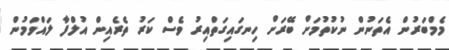
މެމްބަރުން އެތަނުން ނުކުތުމަށް ބޭރަށް ހިނގައިގަތްއިރު ވެސް ކަރު ތެރެއިން އުލްފާ ލައްވަމުން